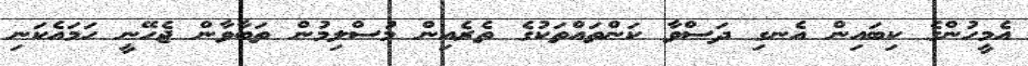
އެމީހުންގެ ކިބައިން އެނގި ދަސްވާ ކަންތައްތަކުގެ ތެރެއިން މުސްލިމުން ތަބާވާން ޖެހޭނީ ހަމައެކަނި